Mental hospitals Bombay report 1921-28 - 1921-1928
Year: 1921
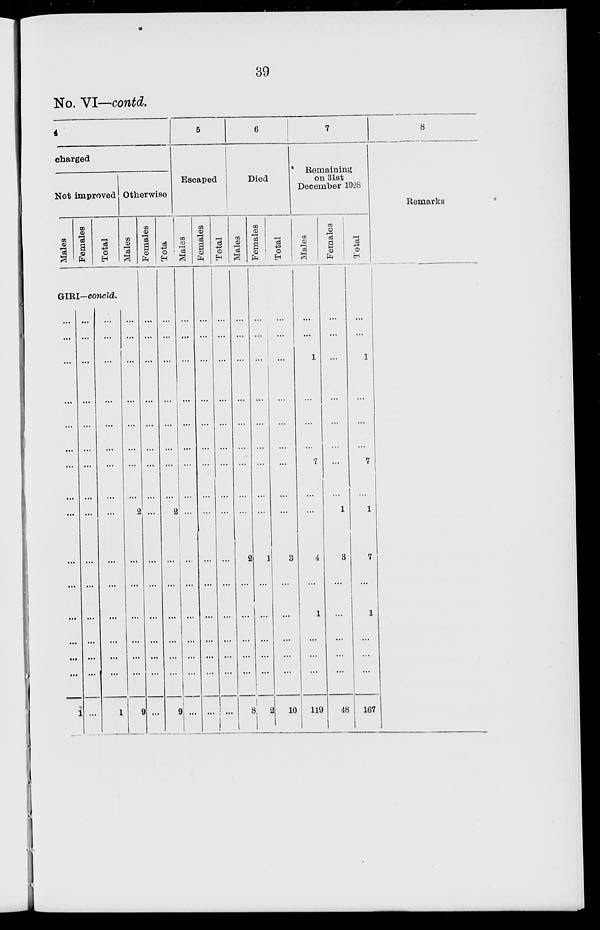
39
No. VI—contd.
4
charged
Not improved
Males
Females
Total
GIRI—concld.
...
...
...
...
...
...
...
...
...
...
...
...
...
...
...
1
...
...
...
...
...
...
...
...
...
...
...
...
...
...
...
...
...
...
...
...
...
...
...
...
...
...
...
...
...
...
...
1
Otherwise
Males
...
...
...
...
...
...
...
...
2
...
...
...
...
...
...
9
Females
...
...
...
...
...
...
...
...
...
...
...
...
...
...
...
...
Total
...
...
...
...
...
...
...
...
2
...
...
...
...
...
...
9
5
Escaped
Males
...
...
...
...
...
...
...
...
...
...
...
...
...
...
...
...
Females
...
...
...
...
...
...
...
...
...
...
...
...
...
...
...
...
Total
...
...
...
...
...
...
...
...
...
...
...
...
...
...
...
...
6
Died
Males
...
...
...
...
...
...
...
...
...
2
...
...
...
...
...
8
Females
...
...
...
...
...
...
...
...
...
1
...
...
...
...
...
2
Total
...
...
...
...
...
...
...
...
...
3
...
...
...
...
...
10
7
Remaining
on 31st
December 1928
Males
...
...
1
...
...
...
7
...
...
4
...
1
...
...
...
119
Females
...
...
...
...
...
...
...
...
1
3
...
...
...
...
...
48
Total
...
...
1
...
...
...
7
...
1
7
...
1
...
...
...
167
8
Remarks